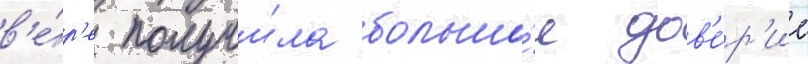
в'е́р'е получи́ла большо́е дов'е́р'ие